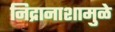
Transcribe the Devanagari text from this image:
निद्रानाशामुळे